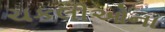
ચકલીઓના